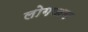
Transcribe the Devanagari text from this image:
लोगजब